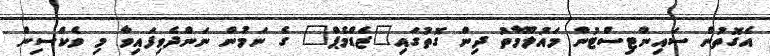
އެގޮތުން ސައިންޓިސްޓުން މައުލޫމާތު ދިން ގޮތުގައި"ޒެޑްމެޕް" ގެ ނަމުން ނަންދެވިފައިވާ މި ވެކްސިން